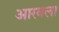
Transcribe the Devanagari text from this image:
आरवला